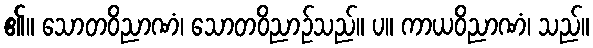
၏။ သောတဝိညာဏံ၊ သောတဝိညာဉ်သည်။ ပ။ ကာယဝိညာဏံ၊ သည်။